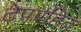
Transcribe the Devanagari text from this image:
टेपरहित